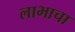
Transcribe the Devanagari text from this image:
लाभाचा